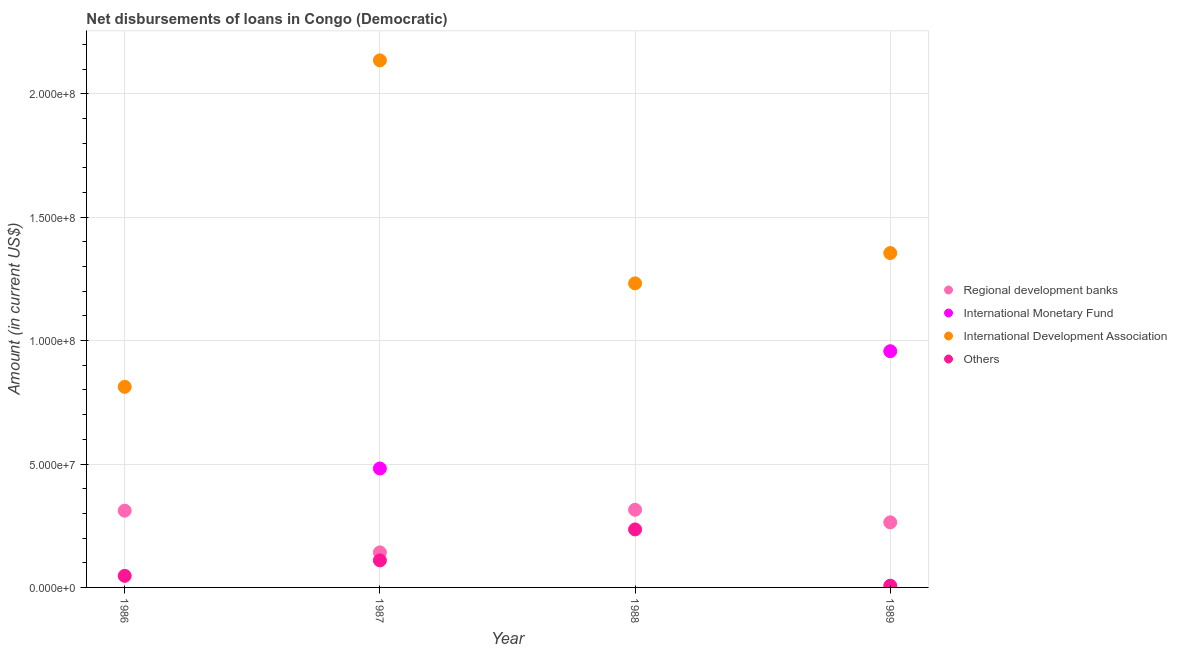
| Year | Regional development banks | International Monetary Fund | International Development Association | Others |
 | --- | --- | --- | --- | --- |
 | 1986 | 3.11e+07 | -2.58e+07 | 8.13e+07 | 4.69e+06 |
 | 1987 | 1.42e+07 | 4.82e+07 | 2.14e+08 | 1.1e+07 |
 | 1988 | 3.15e+07 | -2.53e+07 | 1.23e+08 | 2.35e+07 |
 | 1989 | 2.64e+07 | 9.57e+07 | 1.35e+08 | 6.95e+05 |